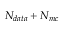
N _ { d a t a } + N _ { m c }